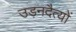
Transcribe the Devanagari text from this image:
उड़नदैत्यों